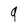
Character: 9